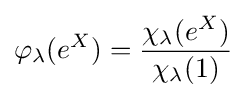
\varphi _{\lambda }(e^{X})={\chi _{\lambda }(e^{X}) \over \chi _{\lambda }(1)}